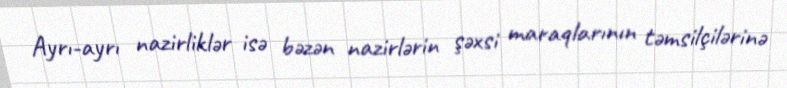
Ayrı-ayrı nazirliklər isə bəzən nazirlərin şəxsi maraqlarının təmsilçilərinə